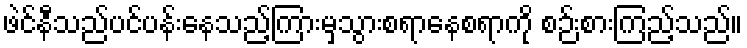
ဖဲင်နီသည်ပင်ပန်းနေသည့်ကြားမှသွားစရာနေစရာကို စဉ်းစားကြည့်သည်။